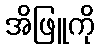
အိဖြူကို